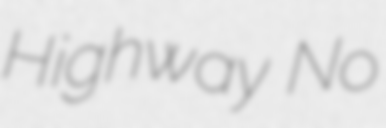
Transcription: Highway No